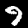
Digit: 9